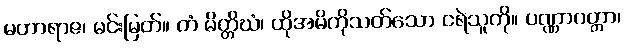
မဟာရာဇ၊ မင်းမြတ်။ တံ မိတ္တိဃံ၊ ထိုအမိကိုသတ်သော ငရဲသူကို။ ပဏ္ဏာဂတ္တာ၊